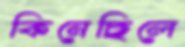
কিনেছিলে